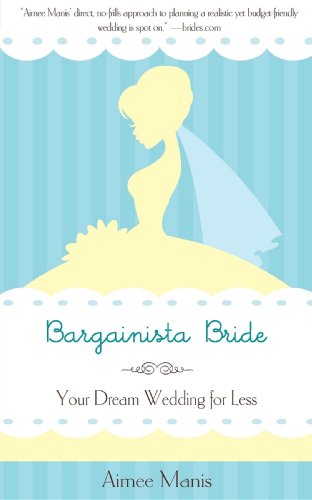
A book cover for Bargainista Bride: Your Dream Wedding for Less; Aimee Manis; Crafts, Hobbies & Home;